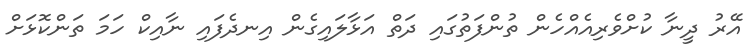
އޭރު ދީނާ ކުށްވެރިއެއްހެން ތުންފަތުގައި ދަތް އަޅާލައިގެން އިނދެފައި ނާއިކް ހަމަ ތަންކޮޅަށް